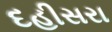
દહીસરા